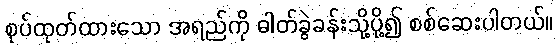
စုပ်ထုတ်ထားသော အရည်ကို ဓါတ်ခွဲခန်းသို့ပို့၍ စစ်ဆေးပါတယ်။